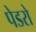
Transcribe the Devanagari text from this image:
पेडरो